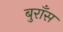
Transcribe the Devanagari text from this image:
बुराँस